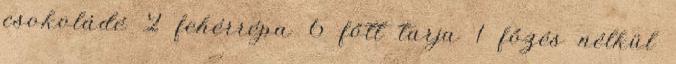
csokoládé 2 fehérrépa 6 főtt tarja 1 főzés nélkül